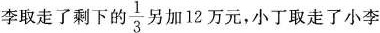
李取走了剩下的 \frac{1}{3} 另加12万元，小丁取走了小李